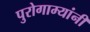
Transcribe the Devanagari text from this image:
पुरोगाम्यांनी